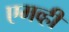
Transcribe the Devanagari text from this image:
एमव्ही